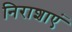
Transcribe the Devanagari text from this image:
निराशाएं